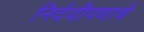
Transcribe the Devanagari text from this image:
निर्दयीपणाचे